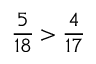
{ \frac { 5 } { 1 8 } } > { \frac { 4 } { 1 7 } }